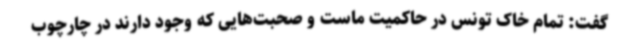
گفت: تمام خاک تونس در حاکمیت ماست و صحبت‌هایی که وجود دارند در چارچوب